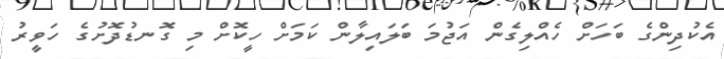
އެކުދިންގެ ބަހަށް ހެއްލިގެން އަޖުމަ ބަލައިލާން ކަމަށް ހީކޮށް މި ގޮނޑުދޮށުގެ ހަވީރު